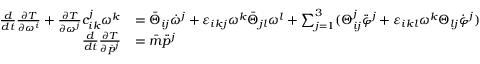
\begin{array} { r l } { \frac { d } { d t } \frac { \partial T } { \partial \omega ^ { i } } + \frac { \partial T } { \partial \omega ^ { j } } c _ { i k } ^ { j } \omega ^ { k } } & { = \bar { \Theta } _ { i j } \dot { \omega } ^ { j } + \varepsilon _ { i k j } \omega ^ { k } \bar { \Theta } _ { j l } \omega ^ { l } + \sum _ { j = 1 } ^ { 3 } ( \Theta _ { i j } ^ { j } \ddot { \varphi } ^ { j } + \varepsilon _ { i k l } \omega ^ { k } \Theta _ { l j } \dot { \varphi } ^ { j } ) } \\ { \frac { d } { d t } \frac { \partial T } { \partial \dot { p } ^ { j } } } & { = \bar { m } \ddot { p } ^ { j } } \end{array}